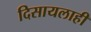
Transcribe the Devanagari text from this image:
दिसायलाही